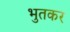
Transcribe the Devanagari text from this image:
भुतकर